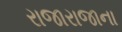
રાજારાજાના